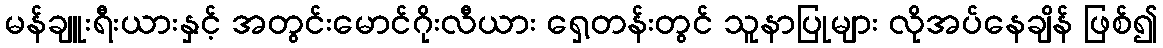
မန်ချူးရီးယားနှင့် အတွင်းမောင်ဂိုးလီယား ရှေ့တန်းတွင် သူနာပြုများ လိုအပ်နေချိန် ဖြစ်၍